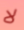
لا